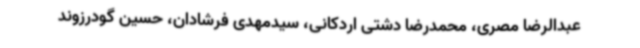
عبدالرضا مصری، محمدرضا دشتی اردکانی، سیدمهدی فرشادان، حسین گودرزوند